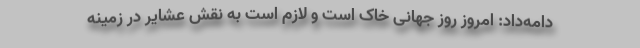
دامه‌داد: امروز روز جهانی خاک است و لازم است به نقش عشایر در زمینه